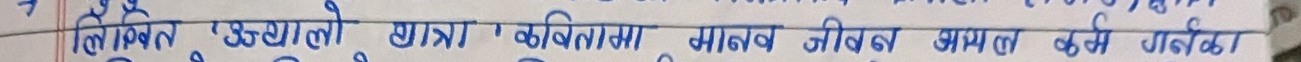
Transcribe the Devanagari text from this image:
लेखक उज्यालो छात्र कुविलामा, मानव जिवन सफल गर्ने गर्दछे।